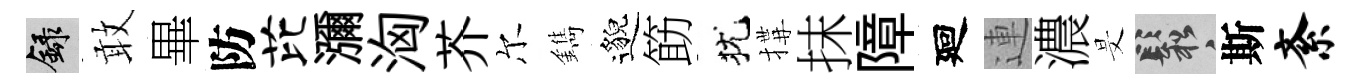
録敢畢防芘瀰洶芥尔鐫邈筯犹搆抹障廻連濃旻鬆斯紊